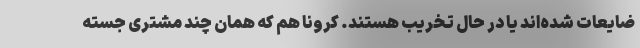
ضایعات شده‌اند یا در حال تخریب هستند. کرونا هم که همان چند مشتری جسته